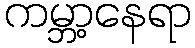
ကမ္ဘာ့နေရာ